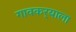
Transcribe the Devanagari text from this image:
गावकर्‍याला